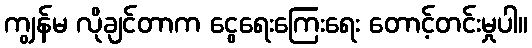
ကျွန်မ လိုချင်တာက ငွေရေးကြေးရေး တောင့်တင်းမှုပါ။